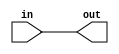
module
    reverse#(parameter width = 1) (
        input [(width - 1):0] in, output [(width - 1):0] out
    );

    genvar ix;
    generate
        for (ix = 0; ix < width; ix = ix + 1) begin :Bit
            assign out[ix] = in[width - 1 - ix];
        end
    endgenerate

endmodule